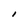
Character: I